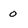
Character: o